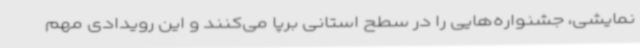
نمایشی، جشنواره‌هایی را در سطح استانی برپا می‌کنند و این رویدادی مهم